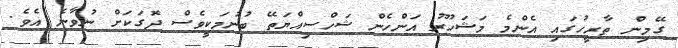
ގޭމިން ތާރީހުގައި އެންމެ މަޝަހޫރު އަންހެން ޝަހްސިއްޔަތޭ ބުނުމަކީވެސް ދޮގަކަށް ނުވާނެ އެވެ.